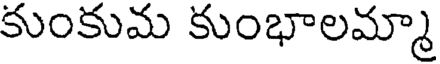
కుంకుమ కుంభాలమ్మా